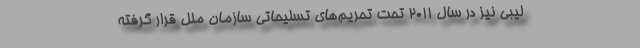
لیبی نیز در سال 2011 تحت تحریم‌های تسلیحاتی سازمان ملل قرار گرفته